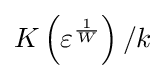
K\left(\varepsilon ^{\frac {1}{W}}\right)/k